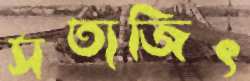
সত্যজিৎ